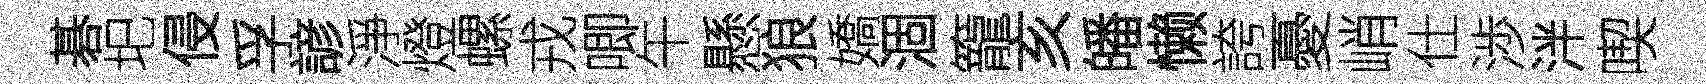
碁圯侵孚諺淨燈螺戎唧午懸狼嬌涸籠亥皤懒誇憂峭仕渉泮喫